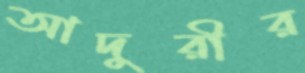
আদুরীর